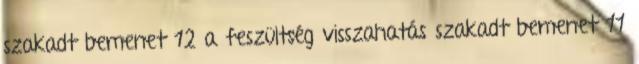
szakadt bemenet 12 a feszültség visszahatás szakadt bemenet 11